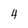
Character: 4